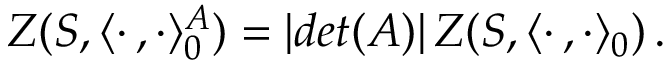
Z ( S , \langle \cdot \, , \cdot \rangle _ { 0 } ^ { A } ) = | d e t ( A ) | \, Z ( S , \langle \cdot \, , \cdot \rangle _ { 0 } ) \, .